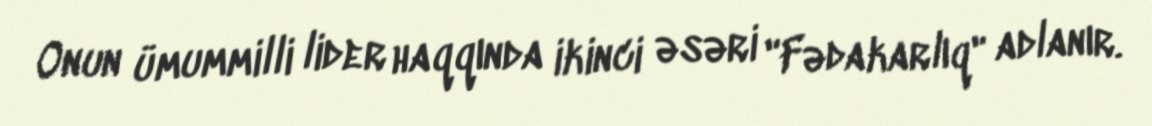
Onun ümummilli lider haqqında ikinci əsəri "Fədakarlıq" adlanır.